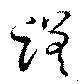
蹉